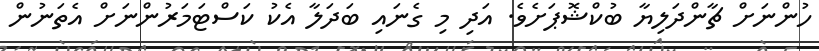
ހުންނަށް ޗާންދަލިޔާ ބުކްޝޮޕަށެވެ. އަދި މި ގެނައި ބަދަލާ އެކު ކަސްޓަމަރުންނަށް އެތަނުން